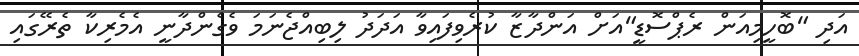
އަދި "ބޮހީމިއަން ރެޕްސޮޑީ"އަށް އަންދާޒާ ކުރެވިފައިވާ އަދަދު ލިބިއްޖެނަމަ ވެގެންދާނީ އެމެރިކާ ތެރޭގައި